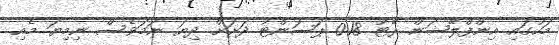
މަހުގައި އިންފްލޭޝަން ރޭޓު 0.18 ޕަސަންޓު ދަށަށް ދިޔަ ނަމަވެސް ނިމިޔަ މެއި